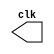
// --------------------------- 
// -- test clock generator (1) 
// --------------------------- 
// Nome: Gabriel Benjamim de Carvalho

module clock ( clk ); 
output clk; 
reg clk; 
initial 
begin 
clk = 1'b0; 
end 
always 
begin 
#12 clk = ~clk; 
end 
endmodule 
module Exemplo0041; 
wire clk; 
clock CLK1 ( clk ); 
initial begin 
#120 $finish; 
end 
endmodule